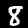
Label: 8